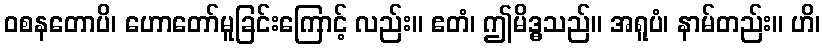
ဝစနတောပိ၊ ဟောတော်မူခြင်းကြောင့် လည်း။ ဧတံ၊ ဤမိဒ္ဓသည်။ အရူပံ၊ နာမ်တည်း။ ဟိ၊